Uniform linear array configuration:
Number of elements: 8
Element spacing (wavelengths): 0.5
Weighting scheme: exponential
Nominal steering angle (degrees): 45
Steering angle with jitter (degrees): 43.124
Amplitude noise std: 0.05
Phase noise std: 0.05

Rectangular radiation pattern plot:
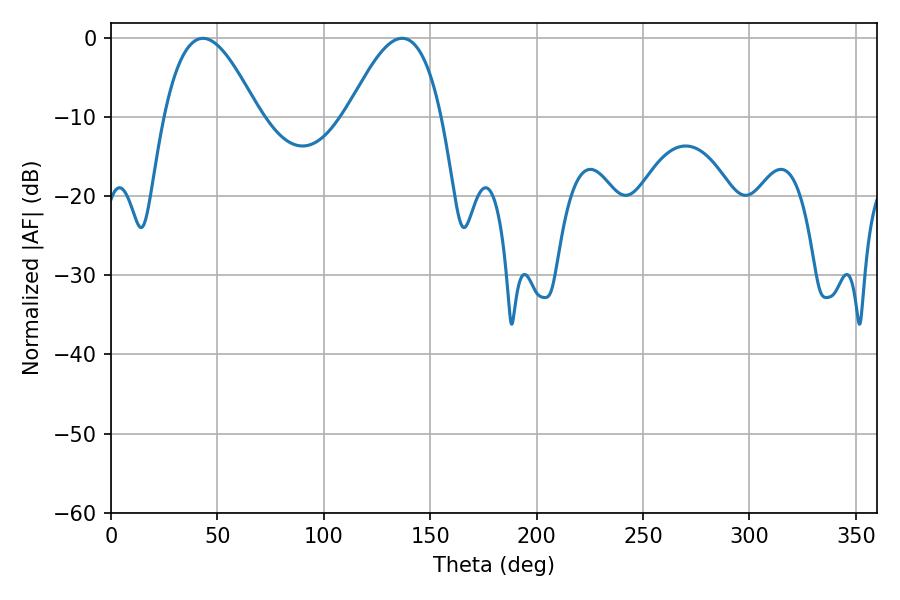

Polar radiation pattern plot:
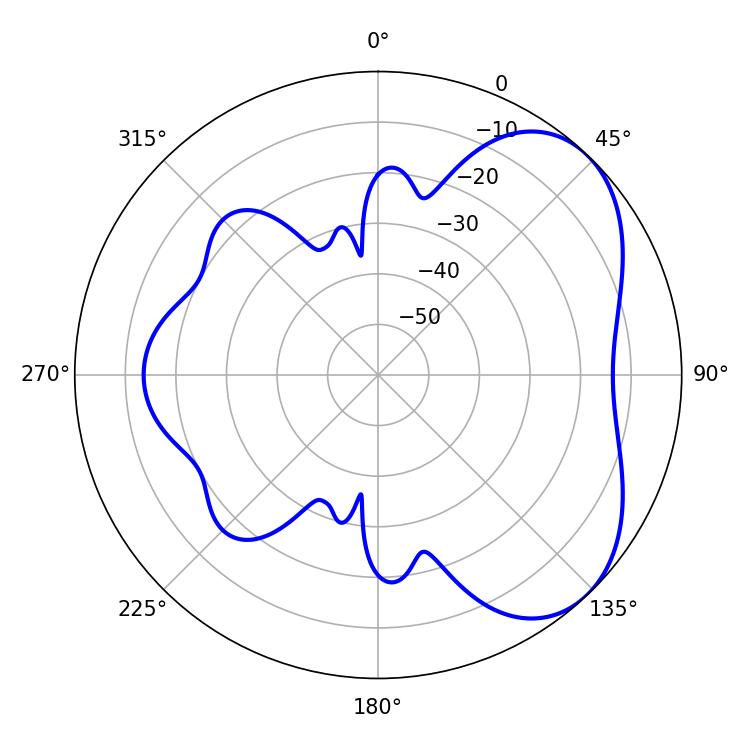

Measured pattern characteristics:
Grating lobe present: FALSE
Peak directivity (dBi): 4.974
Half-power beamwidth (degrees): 24.12
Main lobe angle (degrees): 43.2